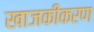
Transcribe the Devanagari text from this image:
खाजकीकरण